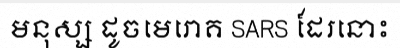
មនុស្ស ដូចមេរោគ SARS ដែរនោះ